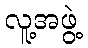
လူ့အဖွဲ့